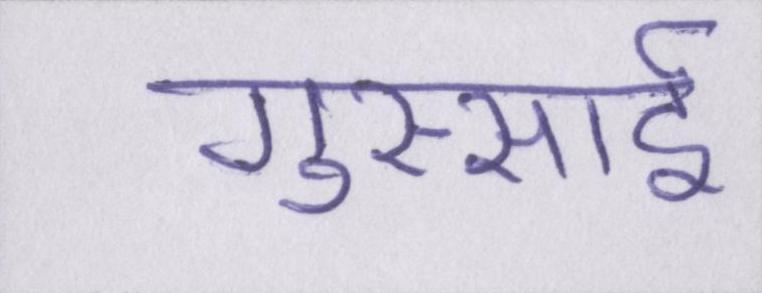
गुस्साई